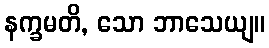
နက္ခမတိ, သော ဘာသေယျ။